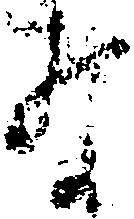
な